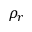
\rho _ { r }